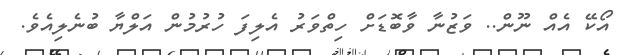
އޯކޭ އެއް ނޫން.. ވަޒުނާ ވާބޮޑަށް ހިތްވަރު އެލިފަ ހުރުމުން އަލްޔާ ބުނެލިއެވެ.